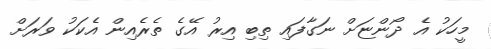
މީހަކު އެ ދޯންޏަށް ނަގާފައި ތިބި އިރު އޭގެ ތެރެއިން އެކަކު ވަރަށް